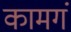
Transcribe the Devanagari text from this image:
कामगं